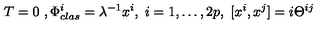
T = 0 \ , \Phi _ { c l a s } ^ { i } = \lambda ^ { - 1 } x ^ { i } , \ i = 1 , \dots , 2 p , \ [ x ^ { i } , x ^ { j } ] = i \Theta ^ { i j }